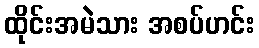
ထိုင်းအမဲသား အစပ်ဟင်း